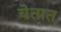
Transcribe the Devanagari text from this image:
यॆतात